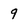
Character: 9